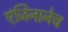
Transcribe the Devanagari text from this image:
एंजिनानेच